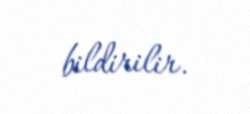
bildirilir.